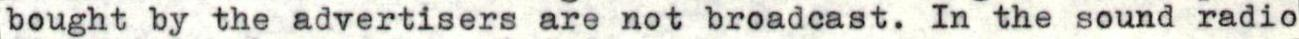
bought by the advertisers are not broadcast. In the sound radio